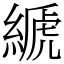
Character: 𦃇